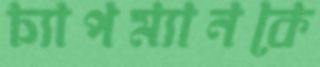
চ্যাপম্যানকে